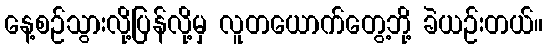
နေ့စဉ်သွားလို့ပြန်လို့မှ လူတယောက်တွေ့ဘို့ ခဲယဉ်းတယ်။